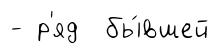
- р'яд бы́вшей